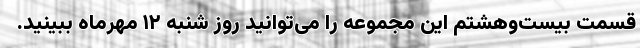
قسمت بیست‌و‌هشتم این مجموعه را می‌توانید روز ‌شنبه ۱۲ مهرماه ببینید.